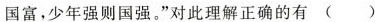
国富，少年强则国强。”对此理解正确的有( )